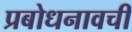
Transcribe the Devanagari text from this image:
प्रबोधनावची